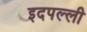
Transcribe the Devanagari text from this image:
इदपल्ली